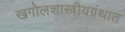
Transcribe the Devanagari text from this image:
खगोलशास्त्रीयग्रंथात